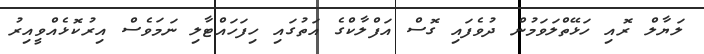
ލަޔާލް ރޮއި ހަޅޭތްލަވަމުން ދުވެފައި ގޮސް އަފްލާކްގެ އަތުގައި ހިފަހައްޓާލި ނަމަވެސް އިރުކޮޅެއްވީއިރު